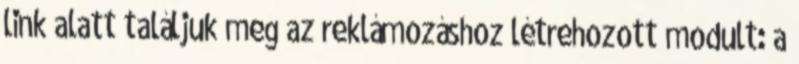
link alatt találjuk meg az reklámozáshoz létrehozott modult: a